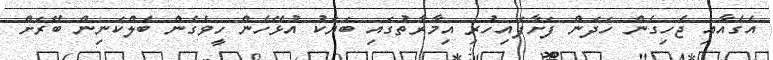
އެގެއާއި ޖެހިގެން ހަދަން ފަށާފައިހުރި އިމާރާތުގައި ބަޔަކު އުޅޭހެން ހީވެގެން ބެލްކަނިން ބޭރަށް